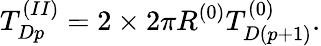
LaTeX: T_{Dp}^{(II)}=2\times 2\pi R^{(0)}T_{D(p+1)}^{(0)}.